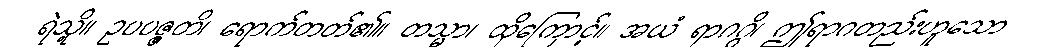
ရဲသို့။ ဥပပဇ္ဇတိ၊ ရောက်တတ်၏။ တသ္မာ၊ ထိုကြောင့်။ အယံ ရာဂဂ္ဂိ၊ ဤရာဂတည်းဟူသော